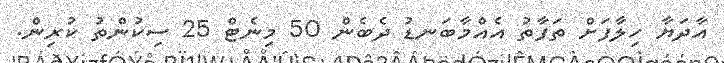
އާދަޔާ ހިލާފަށް ތަފާތު އެއްމާބަނޑު ދެބެން 50 މިނެޓް 25 ސިކުންތު ކުރިން.